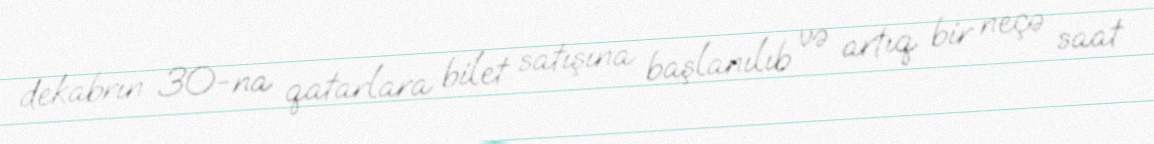
dekabrın 30-na qatarlara bilet satışına başlanılıb və artıq bir neçə saat